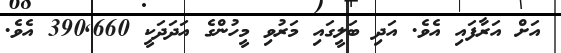
އަށް އަރާފައި އެވެ. އަދި ބަލީގައި މަރުވި މީހުންގެ އަދަދަކީ 390